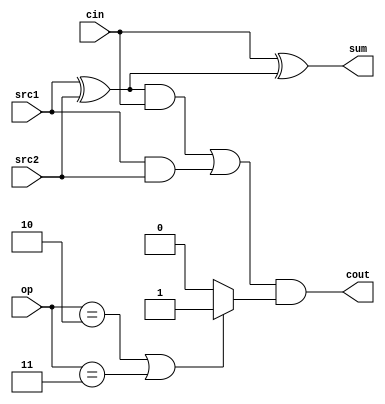
`timescale 1ns / 1ps
//////////////////////////////////////////////////////////////////////////////////
// Company: 
// Engineer: 
// 
// Design Name: 
// Module Name:    full_adder 
// Project Name: 
// Target Devices: 
// Tool versions: 
// Description: 
//
// Dependencies: 
//
// Revision: 
// Revision 0.01 - File Created
// Additional Comments: 
//
//////////////////////////////////////////////////////////////////////////////////
module full_adder(
						src1,
						src2,
						cin,
						cout,
						sum,
						op
    );

input src1;	 
input src2;	 
input cin;
input [1:0]op;	 
output cout;	 
output sum;	 

wire a , b , c, temp , flag;

assign flag=(op==2'b10 || op==2'b11 )?1:0;

//create sum
xor g1(a , src1 , src2);
xor g2(sum , cin , a);

//create cout
and g3(b , a , cin);
and g4(c , src1 , src2);
or g5(temp , b , c);
and g6(cout,temp,flag);
endmodule